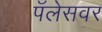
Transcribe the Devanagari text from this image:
पॅलेसवर